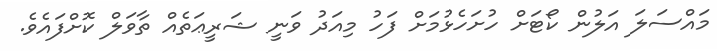
މައްސަލަ އަލުން ކޯޓަށް ހުށަހެޅުމަށް ފަހު މިއަދު ވަނީ ޝަރީޢަތެއް ތާވަލް ކޮށްފައެވެ.